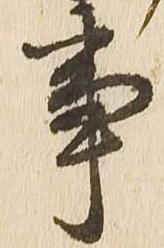
事